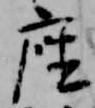
座